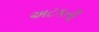
અટકતી